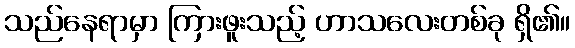
သည်နေရာမှာ ကြားဖူးသည့် ဟာသလေးတစ်ခု ရှိ၏။